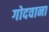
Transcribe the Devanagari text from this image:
गोदवाना